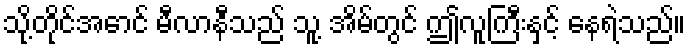
သို့တိုင်အောင် မီလာနီသည် သူ့ အိမ်တွင် ဤလူကြီးနှင့် နေရဲသည်။